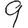
Digit: 9